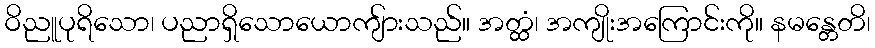
ဝိညူပုရိသော၊ ပညာရှိသောယောကျ်ားသည်။ အတ္ထံ၊ အကျိုးအကြောင်းကို။ နမန္တေတိ၊